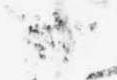
候